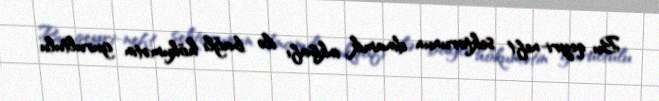
Bu, qeyri-neft sektorunun dinamik inkişafı ilə bağlı hökumətin gurultulu